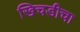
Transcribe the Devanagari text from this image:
खिचडीचा